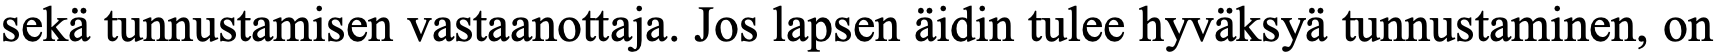
sekä tunnustamisen vastaanottaja. Jos lapsen äidin tulee hyväksyä tunnustaminen, on